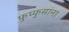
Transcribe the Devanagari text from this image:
फुप्फुसांना